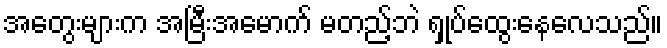
အတွေးများက အမြီးအမောက် မတည့်ဘဲ ရှုပ်ထွေးနေလေသည်။